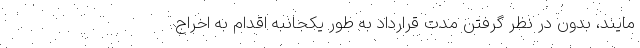
مایند، بدون در نظر گرفتن مدت قرارداد به طور یکجانبه اقدام به اخراج